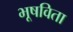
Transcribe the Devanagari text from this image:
भूषविता